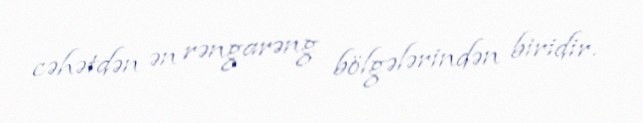
cəhətdən ən rəngarəng bölgələrindən biridir.